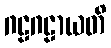
ဂဠဂဠာယတိ